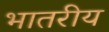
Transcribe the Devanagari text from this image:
भातरीय